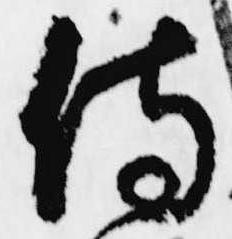
侍